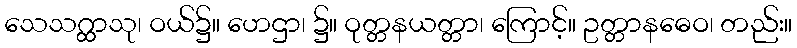
သေသဂ္ထာသု၊ ဝယ်၌။ ဟေဌာ၊ ၌။ ဝုတ္တနယတ္တာ၊ ကြောင့်။ ဥတ္တာနဓေဝ၊ တည်း။